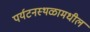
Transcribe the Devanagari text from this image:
पर्यटनस्थळामधील